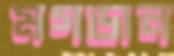
মগডাল